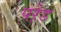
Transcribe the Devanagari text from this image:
परे़ड